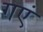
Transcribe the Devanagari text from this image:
गएं